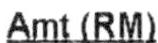
AMT(RM)